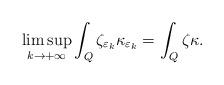
LaTeX: \begin{align*} \limsup_{k \rightarrow +\infty} \int_Q \zeta_{\varepsilon_k} \kappa_{\varepsilon_k} = \int_Q \zeta \kappa.\end{align*}